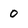
Character: o